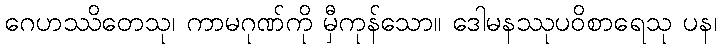
ဂေဟဿိတေသု၊ ကာမဂုဏ်ကို မှီကုန်သော။ ဒေါမနဿုပဝိစာရေသု ပန၊